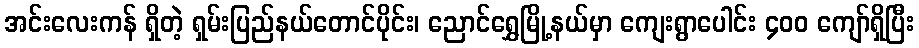
အင်းလေးကန် ရှိတဲ့ ရှမ်းပြည်နယ်တောင်ပိုင်း၊ ညောင်ရွှေမြို့နယ်မှာ ကျေးရွာပေါင်း ၄၀၀ ကျော်ရှိပြီး